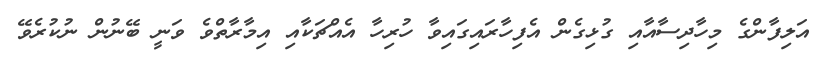
އަލިފާންގެ މިހާދިސާއާއި ގުޅިގެން އެފިހާރައިގައިވާ ހުރިހާ އެއްޗަކާއި އިމާރާތްވެ ވަނީ ބޭނުން ނުކުރެވޭ